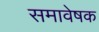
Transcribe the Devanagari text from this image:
समावेषक